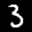
Label: 3